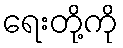
ရေးတို့ကို